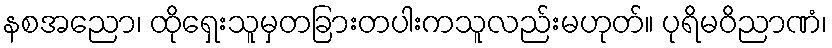
နစအညော၊ ထိုရှေးသူမှတခြားတပါးကသူလည်းမဟုတ်။ ပုရိမဝိညာဏံ၊